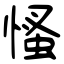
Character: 慅